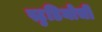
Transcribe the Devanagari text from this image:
स्टुडियोची